Indian journal of veterinary science and animal husbandry - Volume 8,
Year: 1938
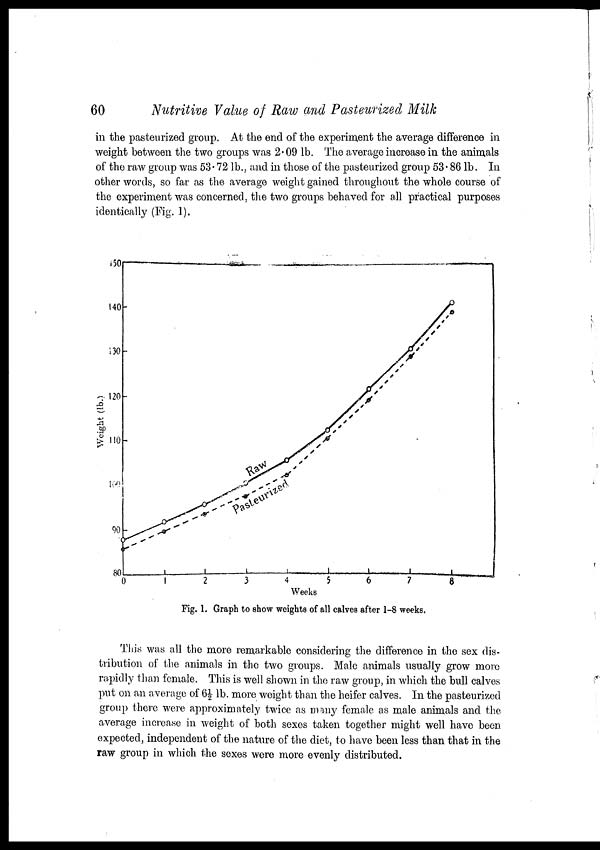
60
Nutritive Value of Raw and Pasteurized Milk
in the pasteurized group. At the end of the experiment the average difference in
weight between the two groups was 2.09 lb. The average increase in the animals
of the raw group was 53.72 lb., and in those of the pasteurized group 53.86 lb. In
other words, so far as the average weight gained throughout the whole course of
the experiment was concerned, the two groups behaved for all practical purposes
identically (Fig. 1).
Fig. 1. Graph to show weights of all calves after 1-8 weeks.
This was all the more remarkable considering the difference in the sex dis-
tribution of the animals in the two groups. Male animals usually grow more
rapidly than female. This is well shown in the raw group, in which the bull calves
put on an average of 6½ lb. more weight than the heifer calves. In the pasteurized
group there were approximately twice as many female as male animals and the
average increase in weight of both sexes taken together might well have been
expected, independent of the nature of the diet, to have been less than that in the
raw group in which the sexes were more evenly distributed.